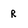
Character: r